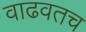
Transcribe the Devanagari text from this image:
वाढवतच